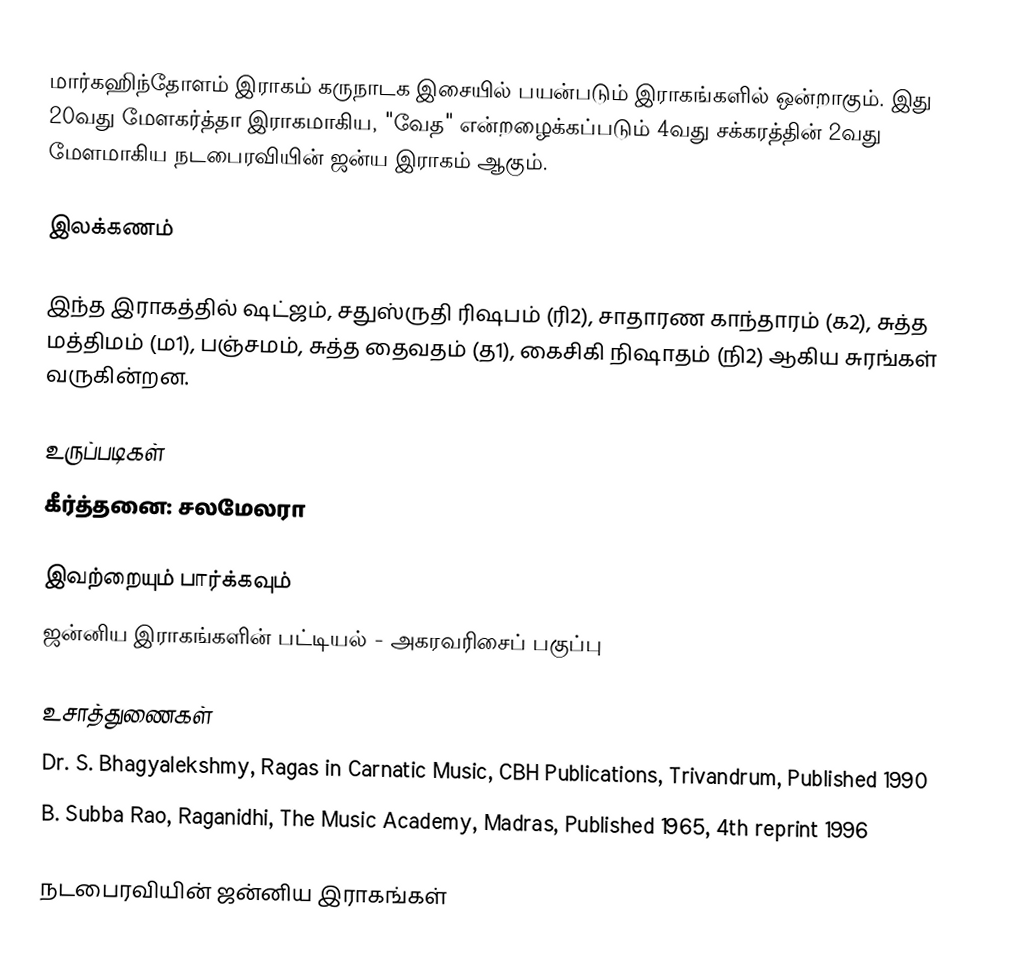
மார்கஹிந்தோளம் இராகம் கருநாடக இசையில் பயன்படும் இராகங்களில் ஒன்றாகும். இது 20வது மேளகர்த்தா இராகமாகிய, "வேத" என்றழைக்கப்படும் 4வது சக்கரத்தின் 2வது மேளமாகிய நடபைரவியின் ஜன்ய இராகம் ஆகும்.

இலக்கணம்

இந்த இராகத்தில் ஷட்ஜம், சதுஸ்ருதி ரிஷபம் (ரி2),  சாதாரண காந்தாரம் (க2), சுத்த மத்திமம் (ம1), பஞ்சமம், சுத்த தைவதம் (த1), கைசிகி நிஷாதம்  (நி2) ஆகிய சுரங்கள் வருகின்றன.

உருப்படிகள்
 கீர்த்தனை: சலமேலரா

இவற்றையும் பார்க்கவும்
 ஜன்னிய இராகங்களின் பட்டியல் - அகரவரிசைப் பகுப்பு

உசாத்துணைகள்
 Dr. S. Bhagyalekshmy, Ragas in Carnatic Music, CBH Publications, Trivandrum, Published 1990
 B. Subba Rao, Raganidhi, The Music Academy, Madras, Published 1965, 4th reprint 1996

நடபைரவியின் ஜன்னிய இராகங்கள்